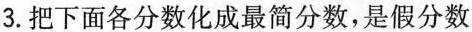
3.把下面各分数化成最简分数，是假分数